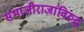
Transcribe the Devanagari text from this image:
संभाजीराजांविरुद्ध